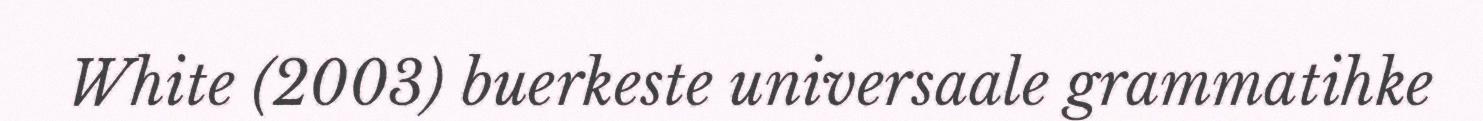
White (2003) buerkeste universaale grammatihke